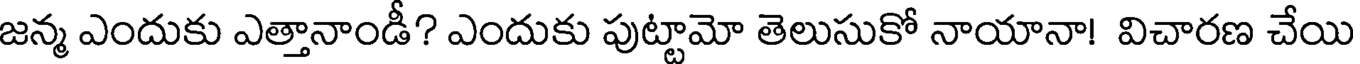
జన్మ ఎందుకు ఎత్తానాండీ? ఎందుకు పుట్టామో తెలుసుకో నాయానా! విచారణ చేయి